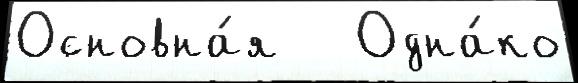
Основна́я   Одна́ко